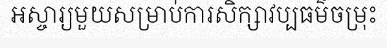
អស្ចារ្យមួយសម្រាប់ការសិក្សាវប្បធម៌ចម្រុះ